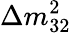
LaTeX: \Delta m_{32}^{2}